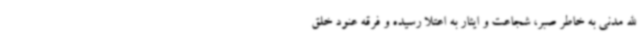
الله مدنی به خاطر صبر، شجاعت و ایثار به اعتلا رسیده و فرقه عنود خلق